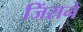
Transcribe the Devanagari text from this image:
जिंसने